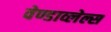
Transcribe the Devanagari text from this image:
वेण्डाव्लेल्स